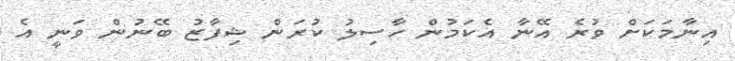
އިނާމަކަށް ވުރެ އޭނާ އެކަމުން ހާސިލު ކުރަން ޝިފާޒު ބޭނުން ވަނީ އެ